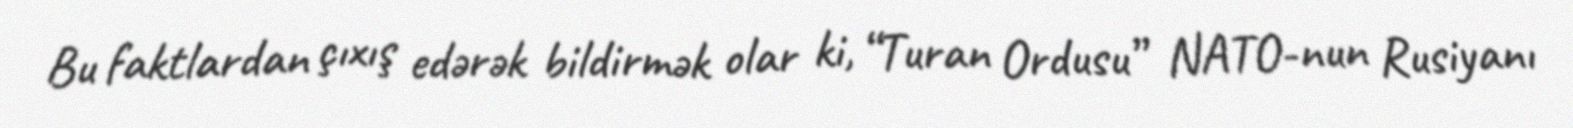
Bu faktlardan çıxış edərək bildirmək olar ki, “Turan Ordusu” NATO-nun Rusiyanı